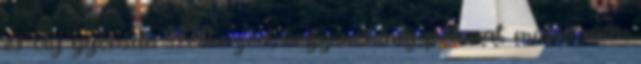
és oly gyorsan szétterjed, hogy néhány pillanat múlva már